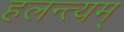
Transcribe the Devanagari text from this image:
हलन्त्यम्